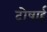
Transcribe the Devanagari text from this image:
दोषार्ह